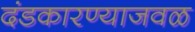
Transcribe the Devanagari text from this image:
दंडकारण्याजवळ